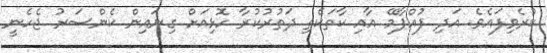
ކުރެވިފައެވެ. އަދި ފުއްޕާމޭ އާއި ކާތަކެތި ދަތުރުކުރާ ހޮޅިއަށް ގިނައިން ކެންސަރު ޖެހެނީ